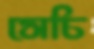
সেচি